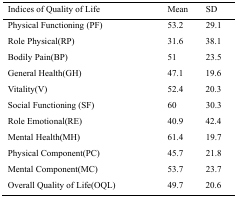
<table><thead><tr><td><b>Indices of Quality of Life</b></td><td><b>Mean</b></td><td><b>SD</b></td></tr></thead><tbody><tr><td>Physical Functioning (PF)</td><td>53.2</td><td>29.1</td></tr><tr><td>Role Physical(RP)</td><td>31.6</td><td>38.1</td></tr><tr><td>Bodily Pain(BP)</td><td>51</td><td>23.5</td></tr><tr><td>General Health(GH)</td><td>47.1</td><td>19.6</td></tr><tr><td>Vitality(V)</td><td>52.4</td><td>20.3</td></tr><tr><td>Social Functioning (SF)</td><td>60</td><td>30.3</td></tr><tr><td>Role Emotional(RE)</td><td>40.9</td><td>42.4</td></tr><tr><td>Mental Health(MH)</td><td>61.4</td><td>19.7</td></tr><tr><td>Physical Component(PC)</td><td>45.7</td><td>21.8</td></tr><tr><td>Mental Component(MC)</td><td>53.7</td><td>23.7</td></tr><tr><td>Overall Quality of Life(OQL)</td><td>49.7</td><td>20.6</td></tr></tbody></table>